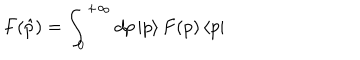
F ( \hat { p } ) = \int _ { 0 } ^ { + \infty } d p \, | p \rangle \, F ( p ) \, \langle p |